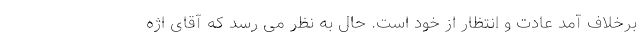
برخلاف آمدِ عادت و انتظار از خود است. حال به نظر می رسد که آقای اژه